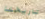
تاريخنا